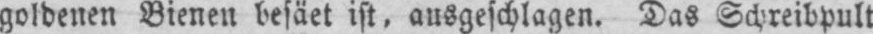
goldenen Bienen besäet ist, ausgeschlagen. Das Schreibpult